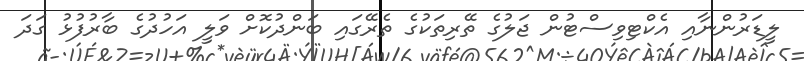
ލީޑަރުންނާއި އެކްޓިވިސްޓުން ޖަލުގެ ތޭރިތަކުގެ ތެރޭގައި ބަންދުކޮށް ވަލީ އަހުދުގެ ބާރުފުޅު ގަދަ